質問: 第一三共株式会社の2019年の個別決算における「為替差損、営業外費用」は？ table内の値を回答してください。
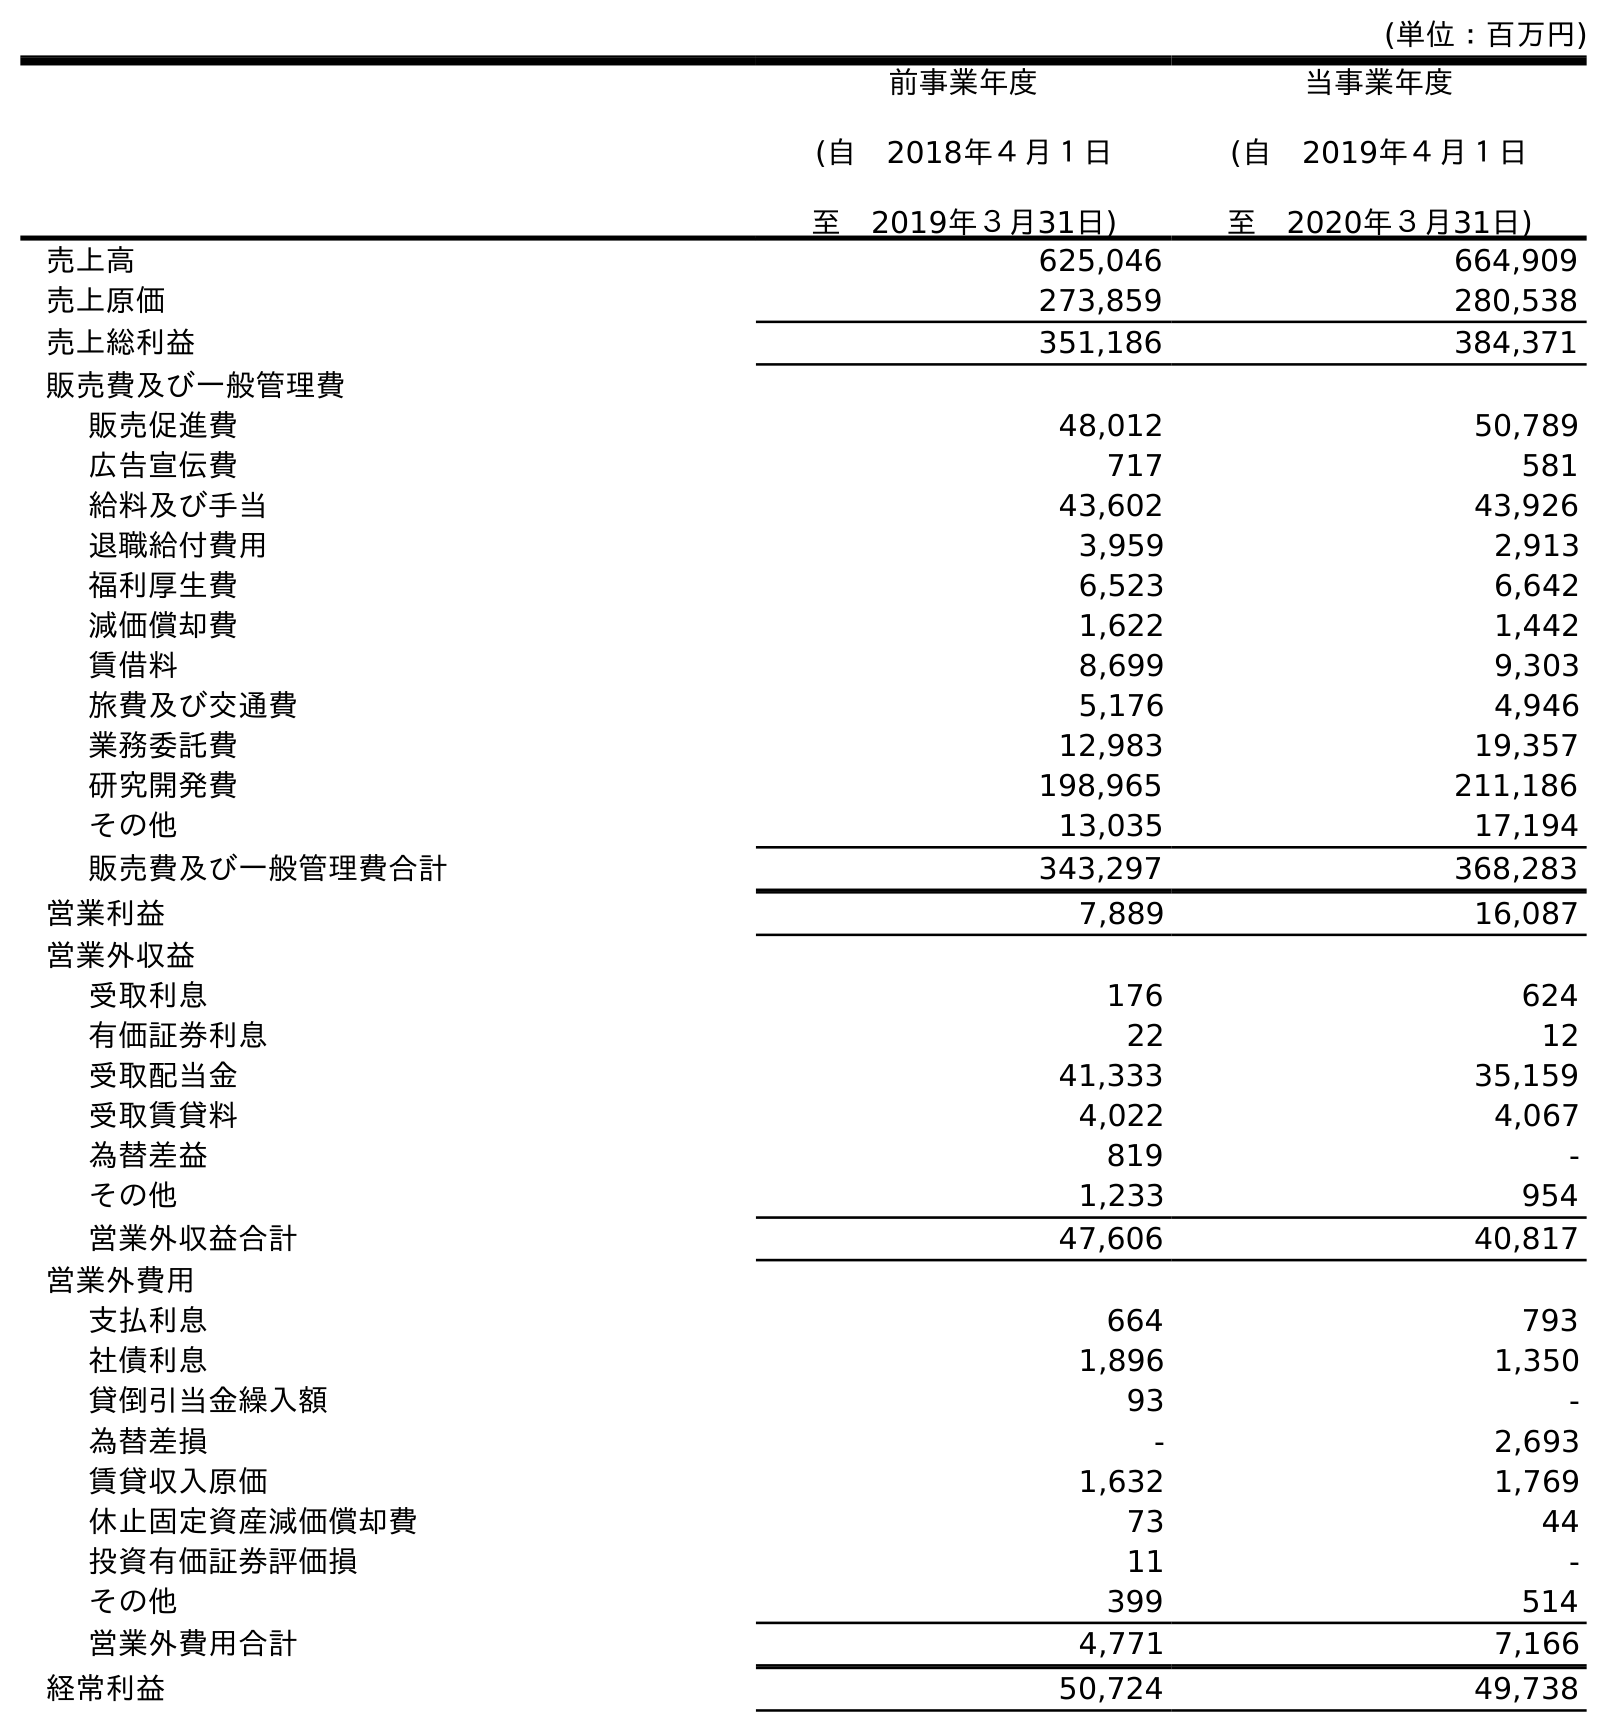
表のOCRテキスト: (単位：百万円) 前事業年度 (自 2018年４月１日 至 2019年３月31日) 当事業年度 (自 2019年４月１日 至 2020年３月31日) 売上高 625,046 664,909 売上原価 273,859 280,538 売上総利益 351,186 384,371 販売費及び一般管理費 販売促進費 48,012 50,789 広告宣伝費 717 581 給料及び手当 43,602 43,926 退職給付費用 3,959 2,913 福利厚生費 6,523 6,642 減価償却費 1,622 1,442 賃借料 8,699 9,303 旅費及び交通費 5,176 4,946 業務委託費 12,983 19,357 研究開発費 198,965 211,186 その他 13,035 17,194 販売費及び一般管理費合計 343,297 368,283 営業利益 7,889 16,087 営業外収益 受取利息 176 624 有価証券利息 22 12 受取配当金 41,333 35,159 受取賃貸料 4,022 4,067 為替差益 819 - その他 1,233 954 営業外収益合計 47,606 40,817 営業外費用 支払利息 664 793 社債利息 1,896 1,350 貸倒引当金繰入額 93 - 為替差損 - 2,693 賃貸収入原価 1,632 1,769 休止固定資産減価償却費 73 44 投資有価証券評価損 11 - その他 399 514 営業外費用合計 4,771 7,166 経常利益 50,724 49,738
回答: -